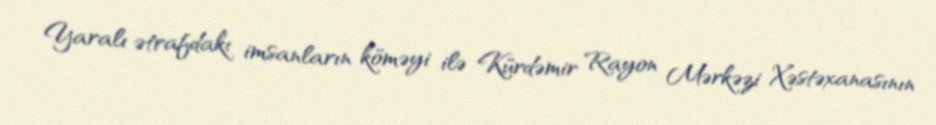
Yaralı ətrafdakı imsanların köməyi ilə Kürdəmir Rayon Mərkəzi Xəstəxanasının